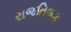
રાજતિલક